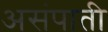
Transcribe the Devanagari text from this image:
असंपाती